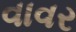
વાવર